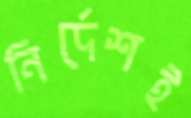
নির্দেশই